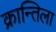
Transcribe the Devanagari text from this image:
क्रान्तिला